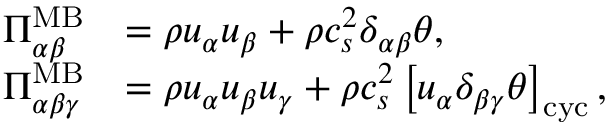
\begin{array} { r l } { \Pi _ { \alpha \beta } ^ { \mathrm { M B } } } & { = \rho u _ { \alpha } u _ { \beta } + \rho c _ { s } ^ { 2 } \delta _ { \alpha \beta } \theta , } \\ { \Pi _ { \alpha \beta \gamma } ^ { \mathrm { M B } } } & { = \rho u _ { \alpha } u _ { \beta } u _ { \gamma } + \rho c _ { s } ^ { 2 } \left[ u _ { \alpha } \delta _ { \beta \gamma } \theta \right] _ { \mathrm { c y c } } , } \end{array}